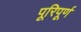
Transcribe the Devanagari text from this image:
पूरिपूर्ण